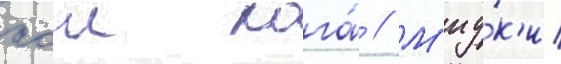
аои кога́ // М'иу́к'и